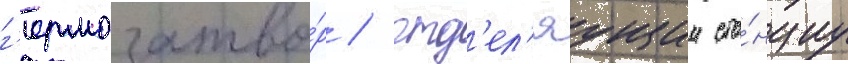
г'ермозатво́р / отд'ел'яущии ста́нциу